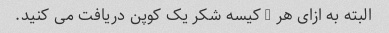
البته به ازای هر 3 کیسه شکر یک کوپن دریافت می کنید.